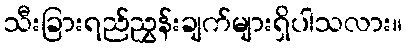
သီးခြားရည်ညွှန်းချက်များရှိပါသလား။